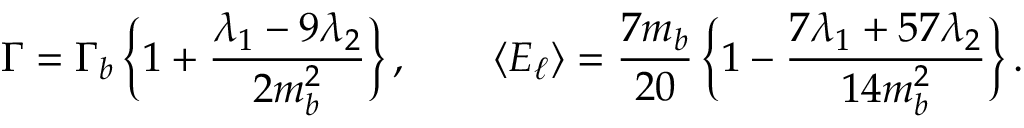
\Gamma = \Gamma _ { b } \, \bigg \{ 1 + { \frac { \lambda _ { 1 } - 9 \lambda _ { 2 } } { 2 m _ { b } ^ { 2 } } } \bigg \} \, , \qquad \langle E _ { \ell } \rangle = { \frac { 7 m _ { b } } { 2 0 } } \, \bigg \{ 1 - { \frac { 7 \lambda _ { 1 } + 5 7 \lambda _ { 2 } } { 1 4 m _ { b } ^ { 2 } } } \bigg \} \, .